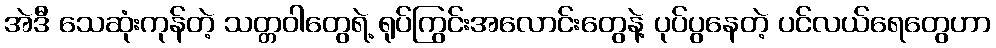
အဲဒီ သေဆုံးကုန်တဲ့ သတ္တဝါတွေရဲ့ ရုပ်ကြွင်းအလောင်းတွေနဲ့ ပုပ်ပွနေတဲ့ ပင်လယ်ရေတွေဟာ